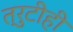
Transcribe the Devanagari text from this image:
त्रुटीही